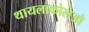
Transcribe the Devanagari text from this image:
थायलाकोलेओ